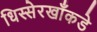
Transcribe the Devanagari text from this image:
धिस्सेरखाँकडे